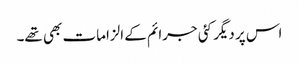
اس پر دیگر کئی جرائم کے الزامات بھی تھے۔